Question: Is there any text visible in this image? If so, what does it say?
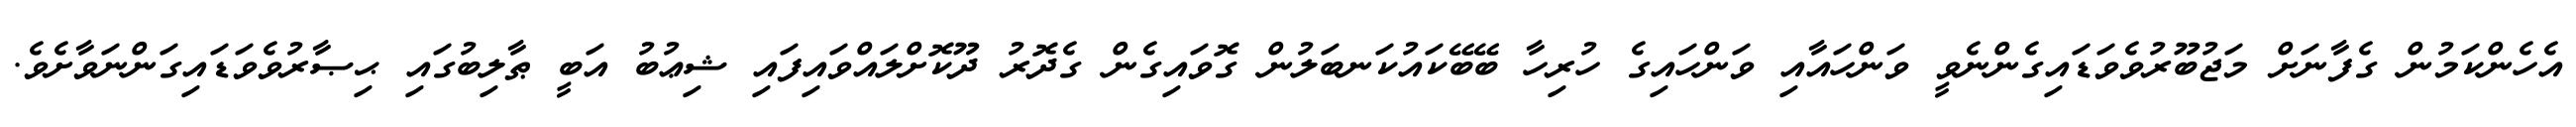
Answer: އެހެންކަމުން ގެފާނަށް މަޖުބޫރުވެވަޑައިގެންނެވީ ވަންހައާއި ވަންހައިގެ ހުރިހާ ބޭބޭކައުކަނބަލުން ގޮވައިގެން ގެދޮރު ދޫކޮށްލައްވައިފައި ޝިޢުބު އަބީ ޠާލިބުގައި ޙިޞާރުވެވަޑައިގަންނަވާށެވެ.